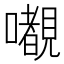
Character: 𭌎